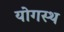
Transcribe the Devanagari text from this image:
योगस्थ